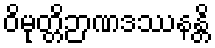
ဝိမုတ္တိဉာဏဒဿနန္တိ